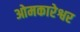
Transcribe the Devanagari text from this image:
ओमकारेश्वर